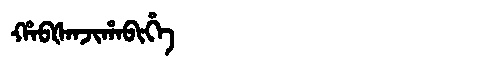
Manchu: ᡥᠠᠪᡧᠠᠨᠵᡳᡥᠠᠪᡳᡥᡝ
Romanization: HABŠANJIHABIHE